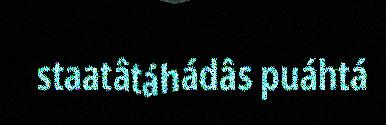
staatâtáhádâs puáhtá